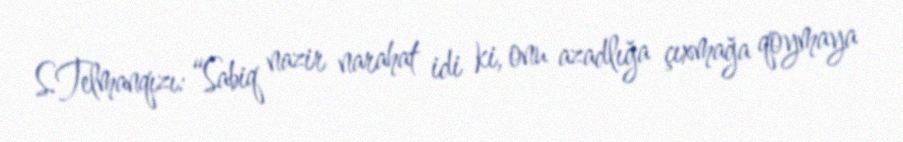
S.Telmanqızı: “Sabiq nazir narahat idi ki, onu azadlığa çıxmağa qoymaya